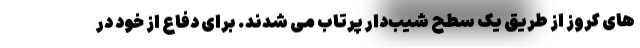
های کروز از طریق یک سطح شیب‌دار پرتاب می شدند. برای دفاع از خود در